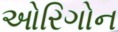
ઓરિગોન